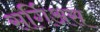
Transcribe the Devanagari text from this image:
सर्गिअस